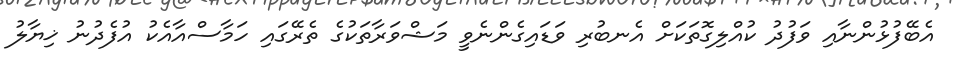
އެބޭފުޅުންނާއި ވަފުދު ކުއްލިގޮތަކަށް އެނބުރި ވަޑައިގެންނެވީ މަޝްވަރާތަކުގެ ތެރޭގައި ހަމާސްއާއެކު އުފެދުނު ޚިޔާލު